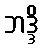
ဘဒ္ဒိ